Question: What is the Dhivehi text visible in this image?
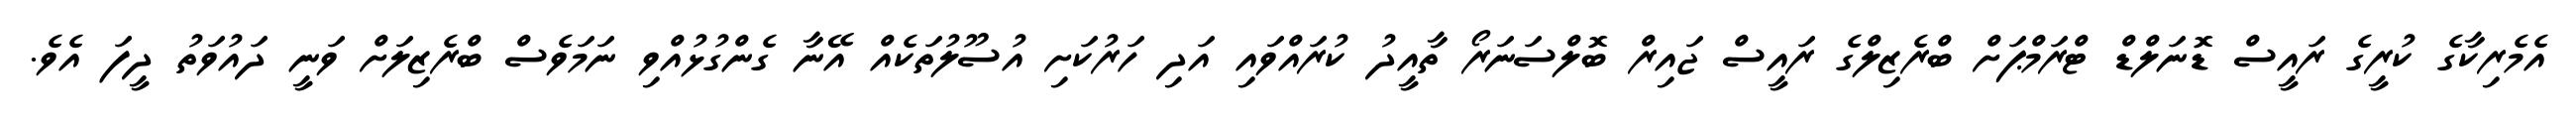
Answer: އެމެރިކާގެ ކުރީގެ ރައީސް ޑޮނަލްޑް ޓްރަމްޕަށް ބްރެޒިލްގެ ރައީސް ޖައިރް ބޮލްސަނަރޯ ތާއީދު ކުރައްވައި އަދި ހަރުކަށި އުސޫލުތަކެއް އޭނާ ގެންގުޅުއްވި ނަމަވެސް ބްރެޒިލަށް ވަނީ ދައުވަތު ދީފަ އެވެ.